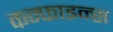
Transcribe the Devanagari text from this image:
कन्फाइन्स